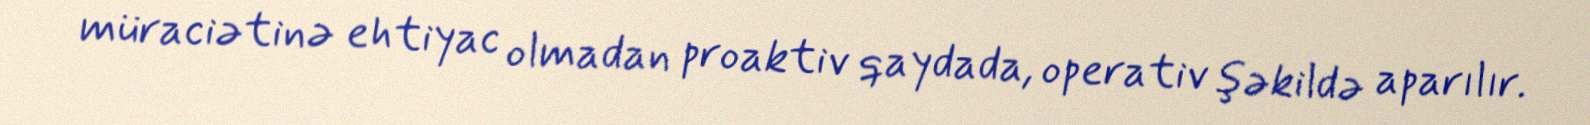
müraciətinə ehtiyac olmadan proaktiv qaydada, operativ şəkildə aparılır.